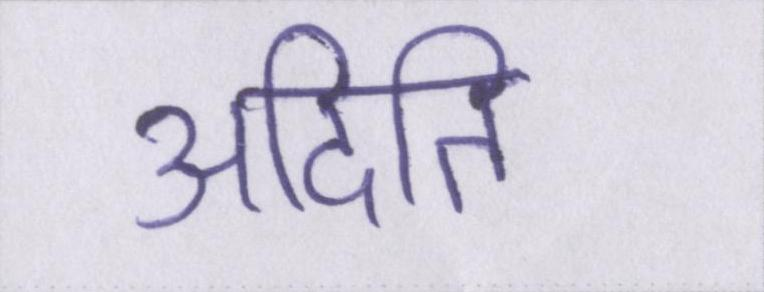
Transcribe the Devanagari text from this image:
अदिति